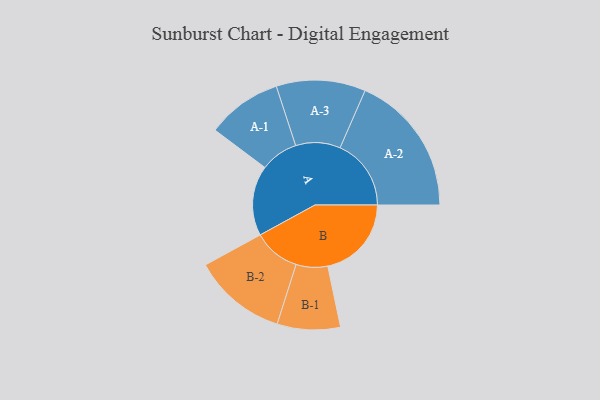
{"axis": {"x": "Segment", "y": "Value"}, "legend": ["", "A", "B"], "data": [{"x": "A", "y": 289, "type": ""}, {"x": "B", "y": 345, "type": ""}, {"x": "A-1", "y": 155, "type": "A"}, {"x": "A-2", "y": 293, "type": "A"}, {"x": "A-3", "y": 184, "type": "A"}, {"x": "B-1", "y": 130, "type": "B"}, {"x": "B-2", "y": 193, "type": "B"}]}